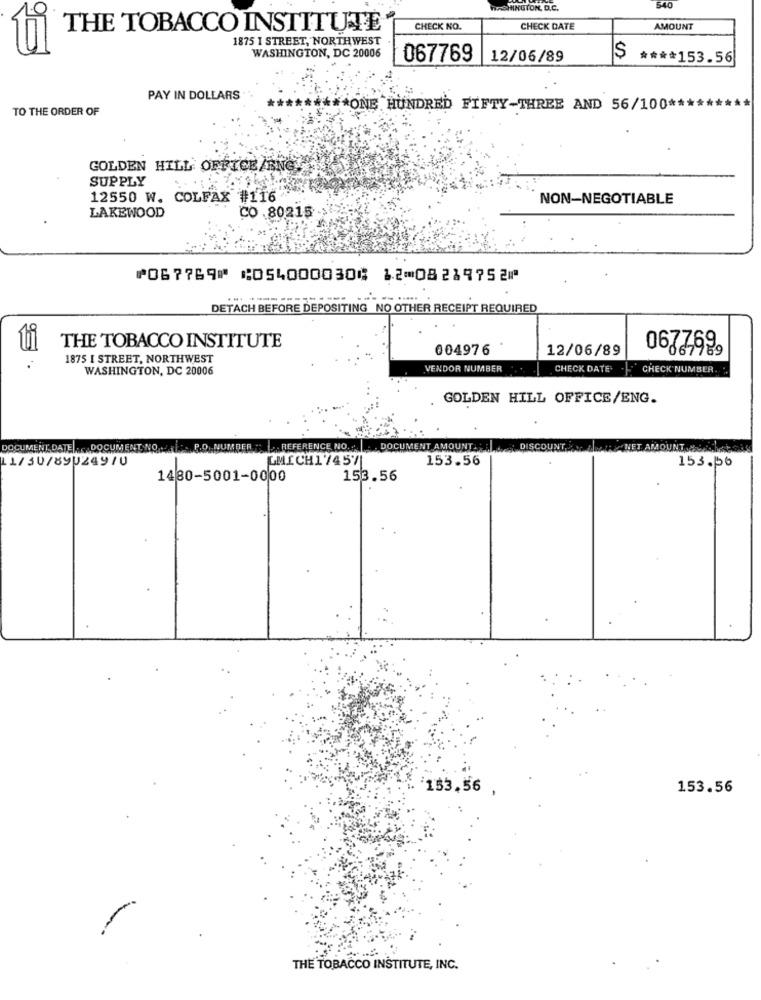
WASHINGTON, D.C.
540
THE TOBACCO INSTITUTE
CHECK NO.
CHECK DATE
AMOUNT
1875 I STREET, NORTHWEST
WASHINGTON, DC 20006
067769
12/06/89
**** 153.56
PAY IN DOLLARS
TO THE ORDER OF
*** ONE HUNDRED FIFTY-THREE AND 56/100 **
GOLDEN HILL OFFICE/BNO
SUPPLY
12550 W. COLFAX #116
NON-NEGOTIABLE
LAKEWOOD
CO .80215
⑈067769⑈ ⑆054000030⑆ 12⑉08219752⑈
------
DETACH BEFORE DEPOSITING NO OTHER RECEIPT REQUIRED
THE TOBACCO INSTITUTE
004976
12/06/89
6619
020
1875 I STREET, NORTHWEST
WASHINGTON, DC 20006
VENDOR NUMBER
CHECK DATE:
-CHECK NUMBER.
GOLDEN HILL OFFICE/ENG.
DOCUMENT DATE : DOCUMENT, NO . . . R.O NUMBER . REFERENCE NO .. DOCUMENT AMOUNT.
DISCO
UNT
L1/30/890249/0
LMICH1/457
153.56
153.56
1480-5001-0000
153.56
153,56
153.56
THE TOBACCO INSTITUTE, INC.